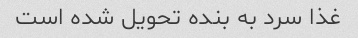
غذا سرد به بنده تحویل شده است